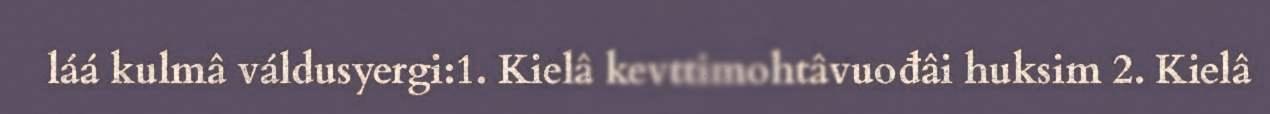
láá kulmâ váldusyergi:1. Kielâ kevttimohtâvuođâi huksim 2. Kielâ